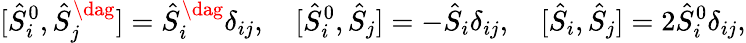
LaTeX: [\hat{S}_{i}^{0},\hat{S}_{j}^{\dag}]=\hat{S}_{i}^{\dag}\delta_{ij},\quad[\hat{S}_{i}^{0},\hat{S}_{j}]=-\hat{S}_{i}\delta_{ij},\quad[\hat{S}_{i},\hat{S}_{j}]=2\hat{S}_{i}^{0}\delta_{ij},